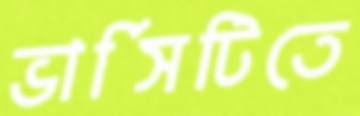
ভার্সিটিতে